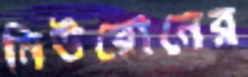
নিউরোনের